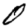
Digit: 0